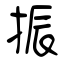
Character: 振